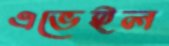
এভেইল